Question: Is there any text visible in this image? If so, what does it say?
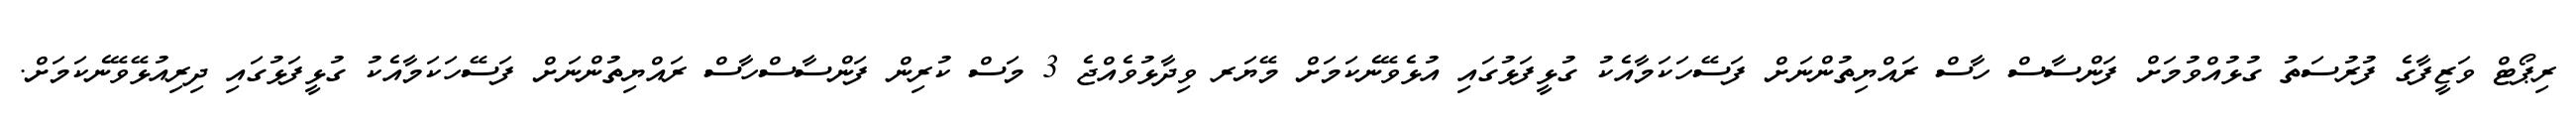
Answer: ރިޕޯޓް ވަޒީފާގެ ފުރުސަތު ގުޅުއްވުމަށް ފަންސާސް ހާސް ރައްޔިތުންނަށް ފަސޭހަކަމާއެކު ގުޅީފަޅުގައި އުޅެވޭނެކަމަށް މޭޔަރ ވިދާޅުވެއްޖެ 3 މަސް ކުރިން ފަންސާސްހާސް ރައްޔިތުންނަށް ފަސޭހަކަމާއެކު ގުޅީފަޅުގައި ދިރިއުޅޭވޭނެކަމަށް.